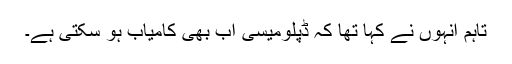
تاہم انہوں نے کہا تھا کہ ڈپلومیسی اب بھی کامیاب ہو سکتی ہے۔